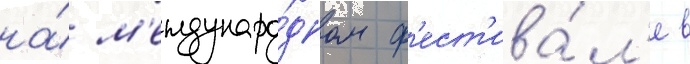
на́ м'еждунаро́дном ф'ест'ива́л'е в